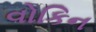
વોકિન